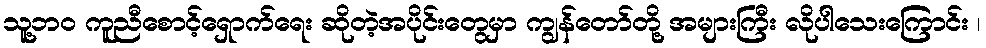
သူ့ဘ၀ ကူညီစောင့်ရှောက်ရေး ဆိုတဲ့အပိုင်းတွေမှာ ကျွန်တော်တို့ အများကြီး လိုပါသေးကြောင်း ၊